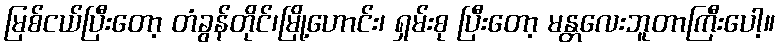
မြစ်ငယ်ပြီးတော့ တံခွန်တိုင်၊မြို့ဟောင်း၊ ရှမ်းစု ပြီးတော့ မန္တလေးဘူတာကြီးပေါ့။